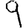
Digit: 9